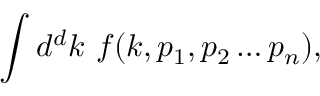
\int d ^ { d } k \ f ( k , p _ { 1 } , p _ { 2 } \ldots p _ { n } ) ,